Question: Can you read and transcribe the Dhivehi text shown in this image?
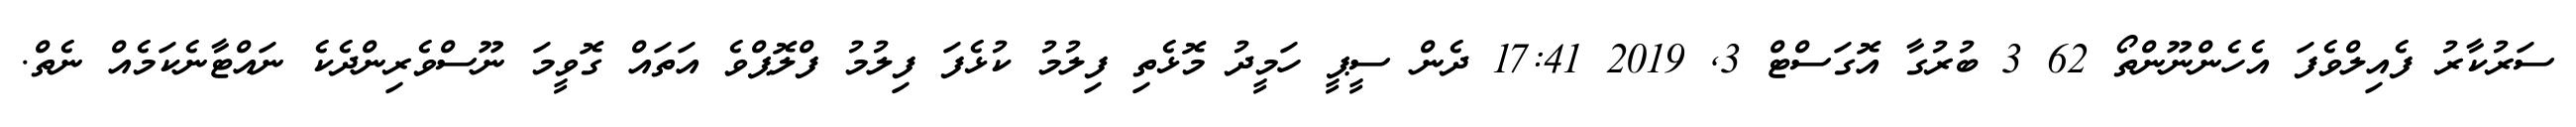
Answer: ސަރުކާރު ފެއިލްވެފަ އެހެންނޫންތޯ 62 3 ބުރުގާ އޮގަސްޓް 3, 2019 17:41 ދެން ސީޕީ ހަމީދު މޮޅެތި ފިލުމު ކުޅެފަ ފިލުމު ފްލޮޕްވެ އަތައް ގޮވީމަ ނޫސްވެރިންދެކެ ނައްޓާނެކަމެއް ނެތް.